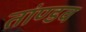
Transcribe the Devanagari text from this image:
तांण्डव